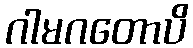
ဂါမဂတောပိ